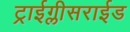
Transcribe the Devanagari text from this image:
ट्राईग्लीसराईड